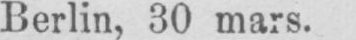
Berlin, 30 mars.